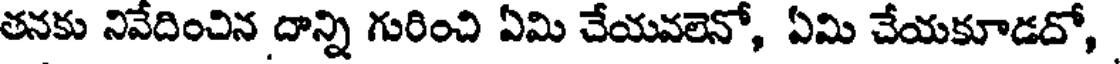
తనకు నివేదించిన దాన్ని గురించి ఏమి చేయవలెనో, ఏమి చేయకూడదో,